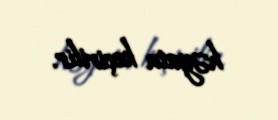
həyata keçirilir.